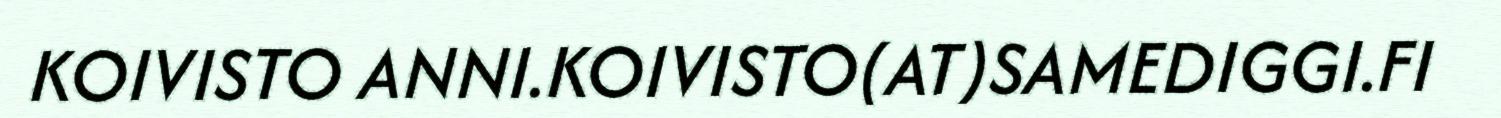
KOIVISTO ANNI.KOIVISTO(AT)SAMEDIGGI.FI